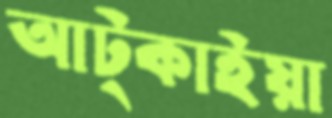
আট্‌কাইয়া